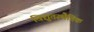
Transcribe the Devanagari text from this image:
विद्युतस्थैतिक